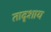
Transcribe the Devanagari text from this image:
तादृशाय